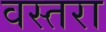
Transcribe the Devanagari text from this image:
वस्तरा